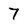
Character: 7